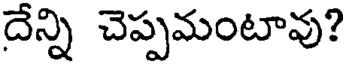
దేన్ని చెప్పమంటావు?